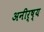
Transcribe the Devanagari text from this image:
अनीर्ष्य